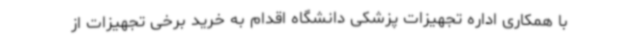
با همکاری اداره تجهیزات پزشکی دانشگاه اقدام به خرید برخی تجهیزات از